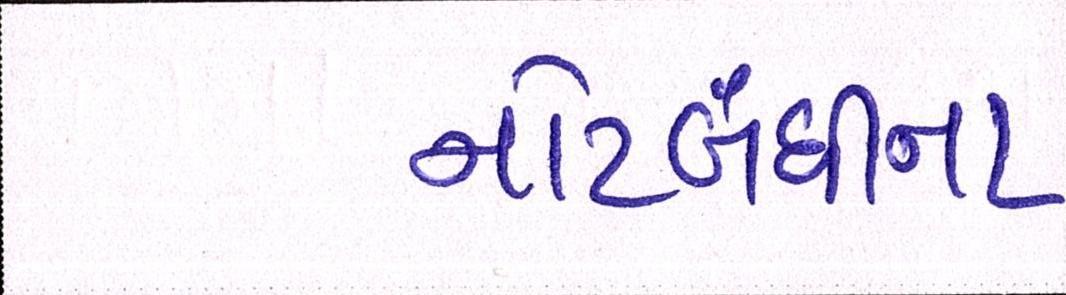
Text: નોટબંધીના